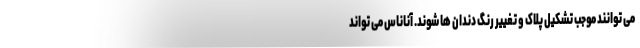
می توانند موجب تشکیل پلاک و تغییر رنگ دندان ها شوند. آناناس می تواند